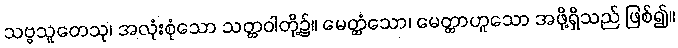
သဗ္ဗသူတေသု၊ အလုံးစုံသော သတ္တဝါတို့၌။ မေတ္တံသော၊ မေတ္တာဟူသော အဖို့ရှိသည် ဖြစ်၍။